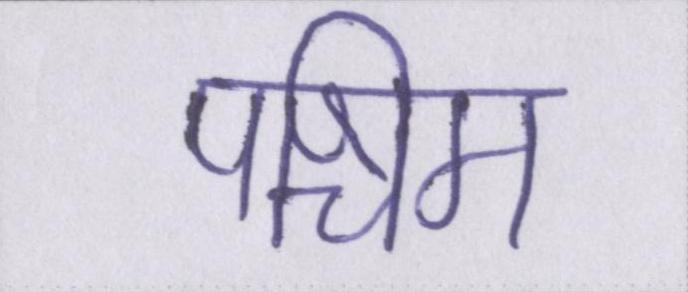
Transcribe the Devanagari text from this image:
पश्चिम